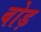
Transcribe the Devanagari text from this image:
बोड़